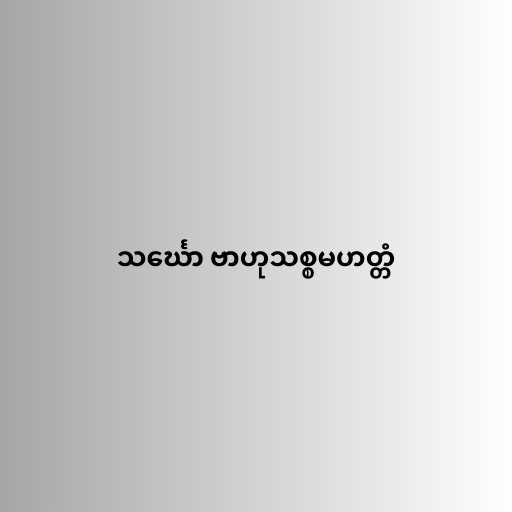
သင်္ဃော ဗာဟုသစ္စမဟတ္တံ